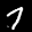
Label: 7